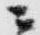
ニ